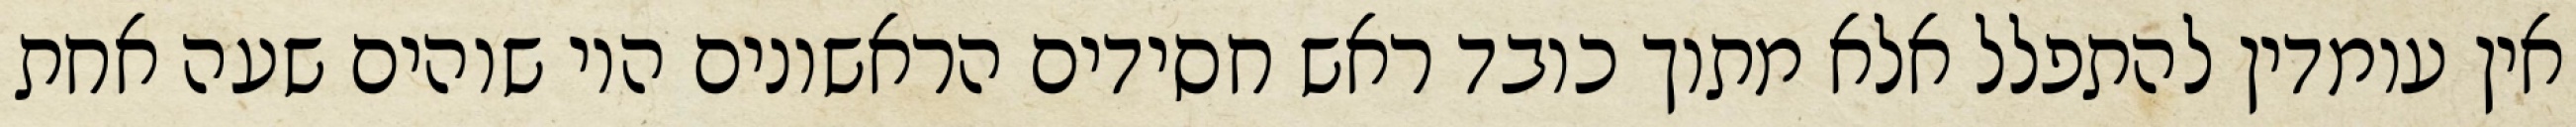
אין עומדין להתפלל אלא מתוך כובד ראש חסידים הראשונים היו שוהים שעה אחת